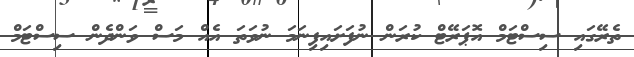
ތެރޭގައި ސިސްޓަމް އޮޕަރޭޓް ކުރަން ނުފަށައިފިނަމަ ނުވަތަ އެއް މަސް ވަންދެން ސިސްޓަމް